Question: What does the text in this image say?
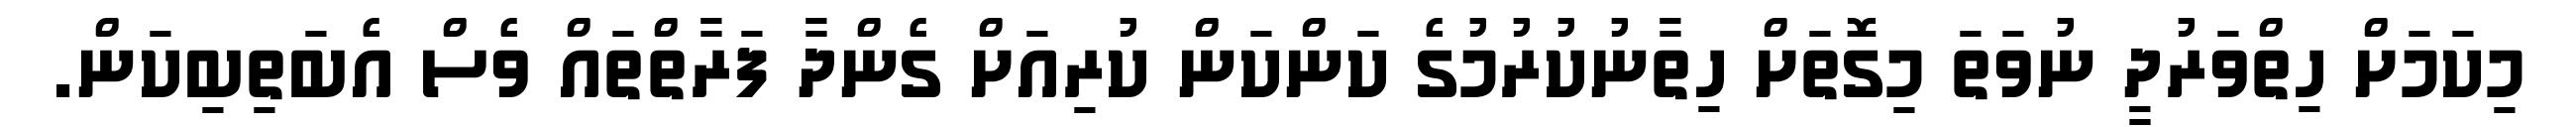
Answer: މިކަމަށް ހިތްވަރުދީ ނުވަތަ މިގޮތަށް ހިތާނުކުރުމުގެ ކަންކަން ކުރިއަށް ގެންދާ ފަރާތްތައް ވެސް އެބަތިބިކަން.